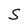
Character: S